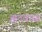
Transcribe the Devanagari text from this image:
झदवासा